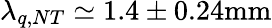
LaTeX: \lambda_{q,NT}\simeq 1.4\pm 0.24\mathrm{{mm}}